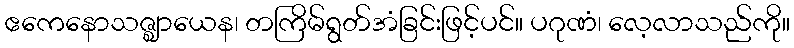
ဧကေနောသဇ္ဈာယေန၊ တကြိမ်ရွတ်အံခြင်းဖြင့်ပင်။ ပဂုဏံ၊ လေ့လာသည်ကို။